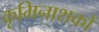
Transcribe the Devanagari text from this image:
कृमिनाशकों